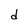
Character: d